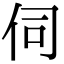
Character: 伺